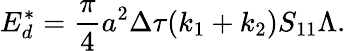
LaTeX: E_{d}^{*}=\frac{\pi}{4}a^{2}\Delta\tau(k_{1}+k_{2})S_{11}\Lambda.